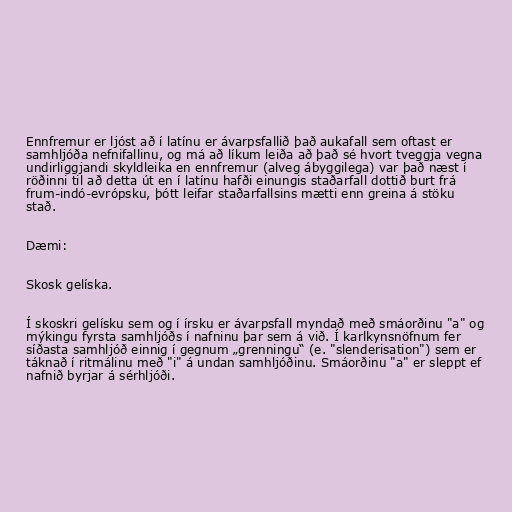
Ennfremur er ljóst að í latínu er ávarpsfallið það aukafall sem oftast er
samhljóða nefnifallinu, og má að líkum leiða að það sé hvort tveggja vegna
undirliggjandi skyldleika en ennfremur (alveg ábyggilega) var það næst í
röðinni til að detta út en í latínu hafði einungis staðarfall dottið burt frá
frum-indó-evrópsku, þótt leifar staðarfallsins mætti enn greina á stöku
stað.

Dæmi:

Skosk gelíska.

Í skoskri gelísku sem og í írsku er ávarpsfall myndað með smáorðinu "a" og
mýkingu fyrsta samhljóðs í nafninu þar sem á við. Í karlkynsnöfnum fer
síðasta samhljóð einnig í gegnum „grenningu“ (e. "slenderisation") sem er
táknað í ritmálinu með "i" á undan samhljóðinu. Smáorðinu "a" er sleppt ef
nafnið byrjar á sérhljóði.